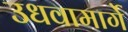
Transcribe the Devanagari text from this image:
उधवामार्गे